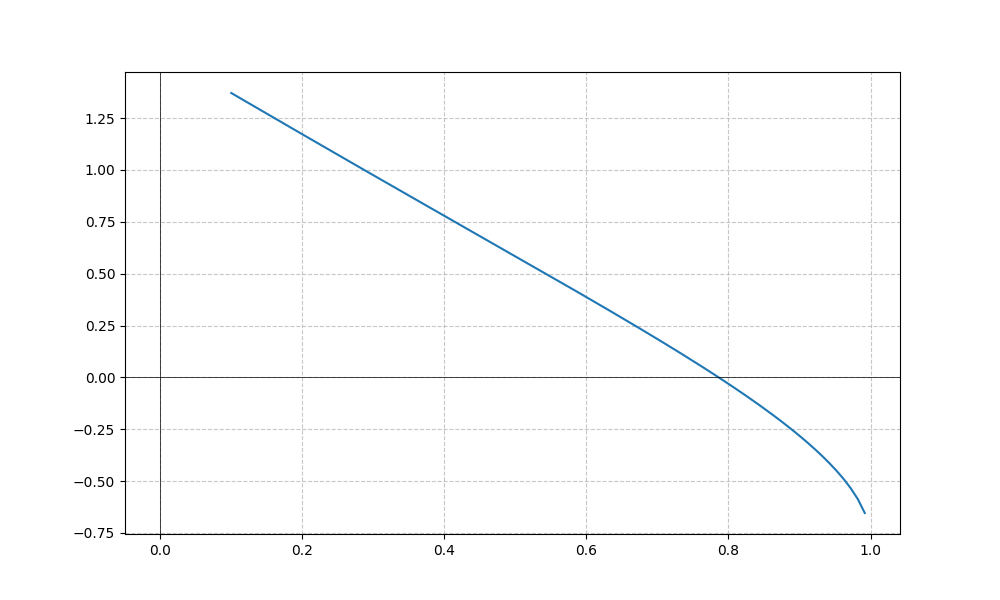
LaTeX formula: \operatorname{acos}{\left(x \right)} - \operatorname{atan}{\left(x \right)}